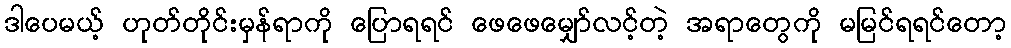
ဒါပေမယ့် ဟုတ်တိုင်းမှန်ရာကို ပြောရရင် ဖေဖေမျှော်လင့်တဲ့ အရာတွေကို မမြင်ရရင်တော့